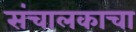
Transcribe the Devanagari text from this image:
संचालकाचा